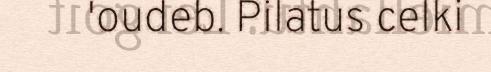
'oudeb. Pilatus celki